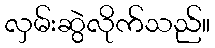
လှမ်းဆွဲလိုက်သည်။